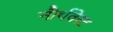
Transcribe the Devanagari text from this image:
नौर्थवेस्ट